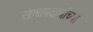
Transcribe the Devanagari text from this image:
खाद्यपदार्थांच्या